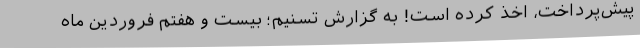
پیش‌پرداخت، اخذ کرده است! به گزارش تسنیم؛ بیست و هفتم فروردین‌ ماه